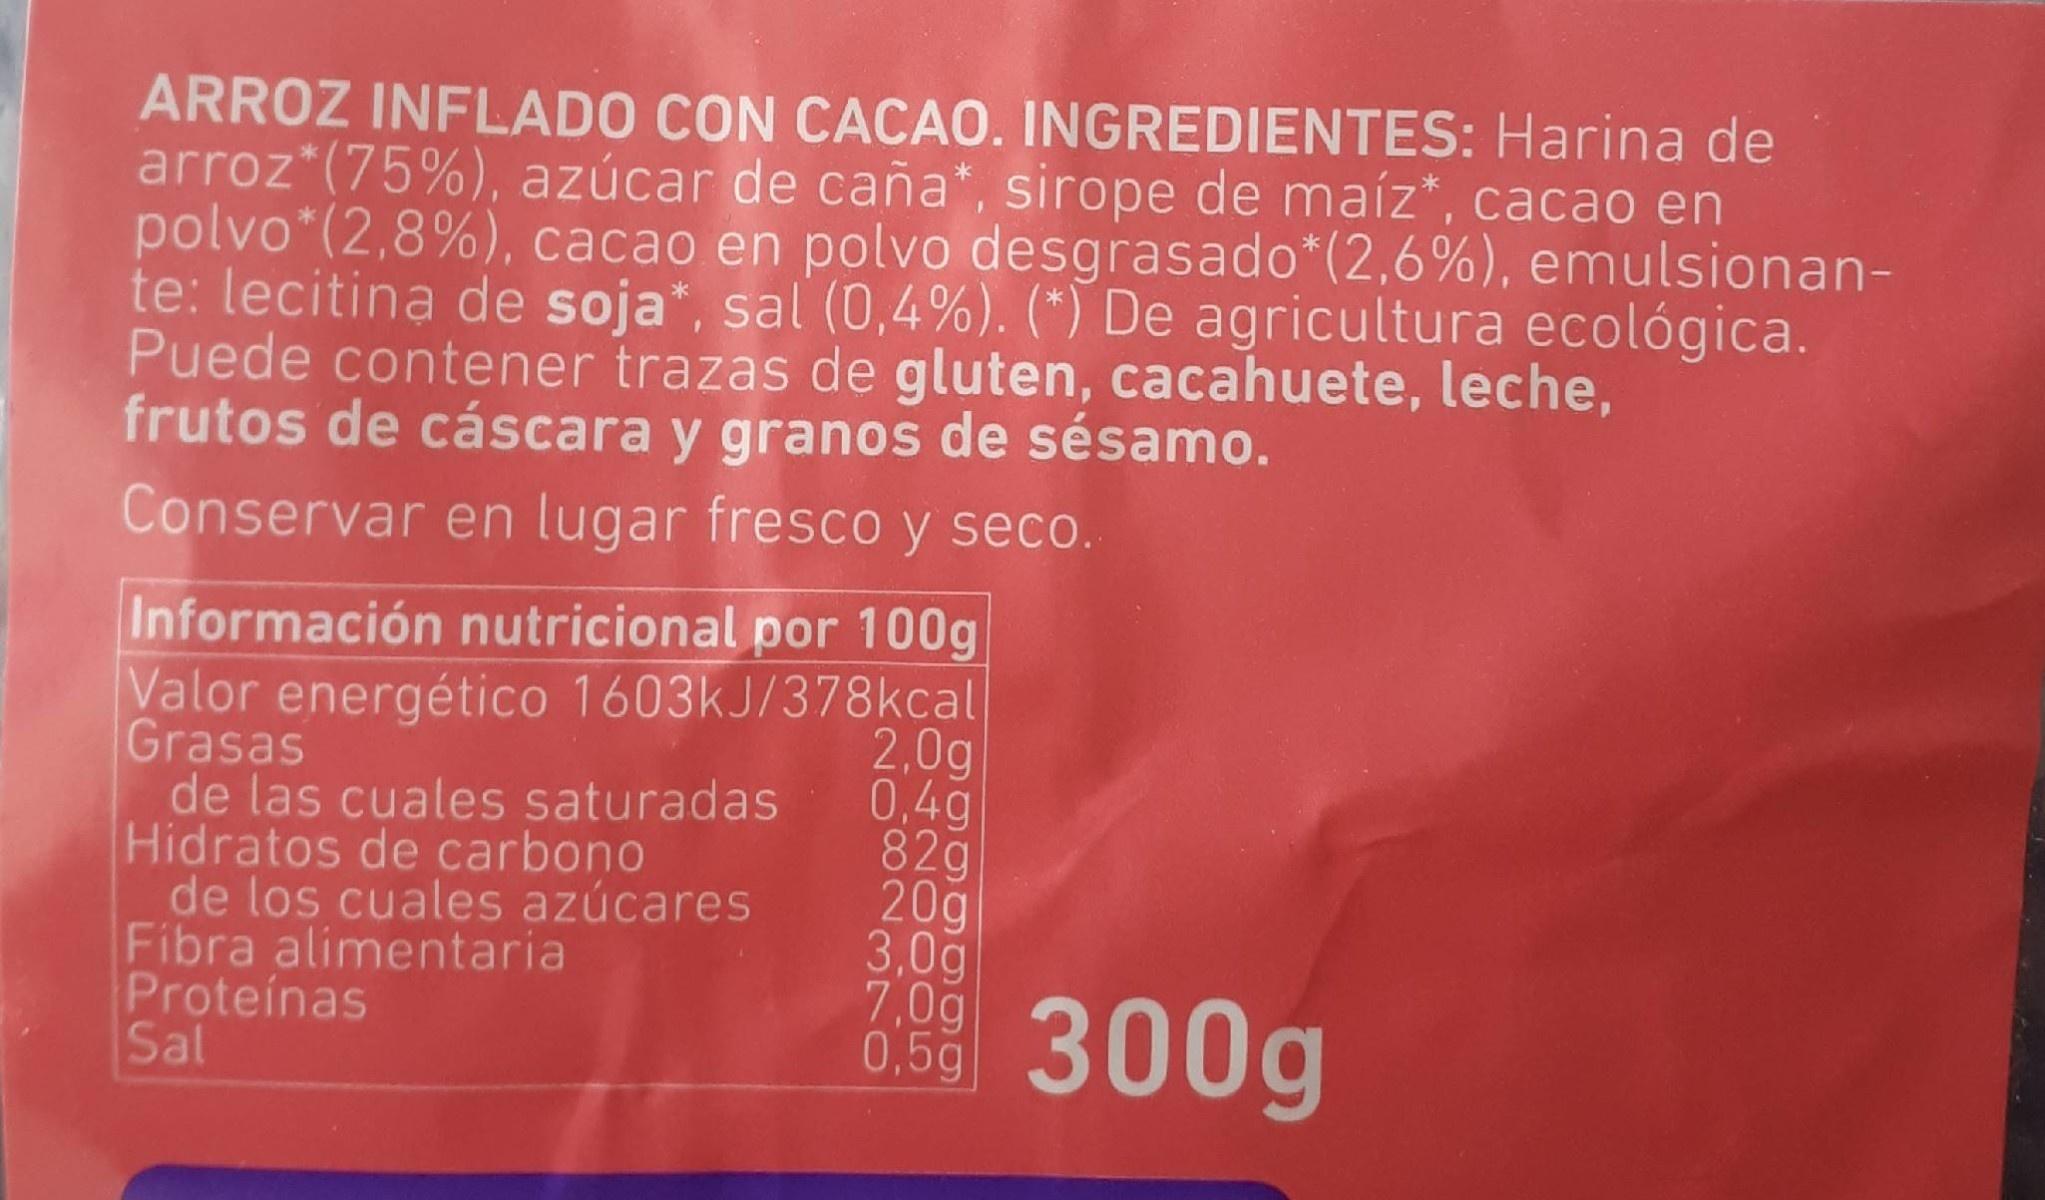
ARROZ INFLADO CON CACAO. INGREDIENTES: Harina de arroz*(75%), azúcar de caña*, sirope de maíz*, cacao en polvo*(2,8%), cacao en polvo desgrasado*(2,6%), emulsionan- te: lecitina de soja", sal (0,4%). (*) De agricultura ecológica. Puede contener trazas de gluten, cacahuete, leche, frutos de cáscara y granos de sésamo. Conservar en lugar fresco y seco.
Información nutricional por 100g Valor energético 1603kJ/378kcal Grasas de las cuales saturadas Hidratos de carbono de los cuales azúcares Fibra alimentaria Proteínas Sal
2,0g 0.4g 82g 20g 3,0g 7,0g 0,5g
300g